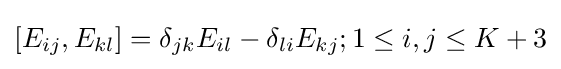
[E_{ij},E_{kl}]=\delta _{jk}E_{il}-\delta _{li}E_{kj};1\leq i,j\leq K+3